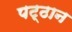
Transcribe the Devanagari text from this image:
पट्ठान